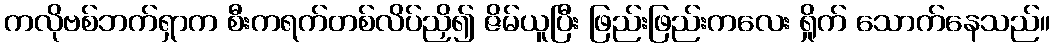
ကလိုဗစ်ဘက်ရှာက စီးကရက်တစ်လိပ်ညှိ၍ ဇိမ်ယူပြီး ဖြည်းဖြည်းကလေး ရှိုက် သောက်နေသည်။